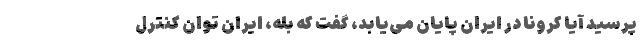
پرسید آیا کرونا در ایران پایان می‌یابد، گفت که بله، ایران توان کنترل